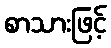
စာသားဖြင့်